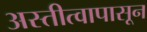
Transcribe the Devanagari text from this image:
अस्तीत्वापासून